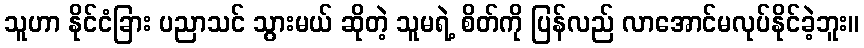
သူဟာ နိုင်ငံခြား ပညာသင် သွားမယ် ဆိုတဲ့ သူမရဲ့ စိတ်ကို ပြန်လည် လာအောင်မလုပ်နိုင်ခဲ့ဘူး။